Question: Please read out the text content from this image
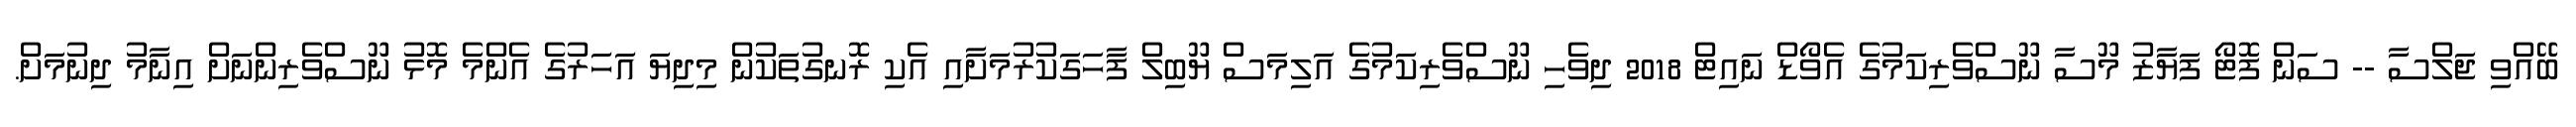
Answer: ބޭއްވި ޖަލްސާ -- ސަން ފޮޓޯ ފަޔާޒު މޫސާ ނޫސްވެރިކަމުގެ އެވޯޑް ނައިޓް 2018 ދިވެހި ނޫސްވެރިކަމުގެ އަލިމަސް ޔޫބިލް ފާހަގަކުރުމަށާއި އެކި ރޮނގުތަކުން މިދިޔަ އަހަރުގެ އެންމެ މޮޅު ނޫސްވެރިންނަށް އިނާމު ދިނުމަށް.